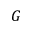
G